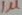
Text: 1µ